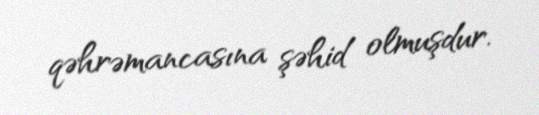
qəhrəmancasına şəhid olmuşdur.